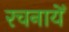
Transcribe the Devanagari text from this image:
रचनायेँ